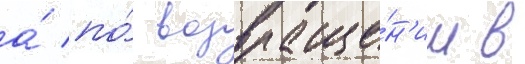
а́ по́ возвраще́н'ии в